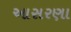
આસરણા